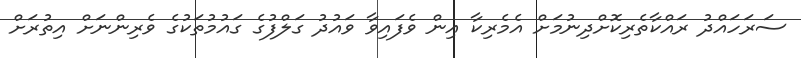
ސަރަހައްދު ރައްކާތެރިކޮށްދިނުމަށް އެމެރިކާ އިން ވެފައިވާ ވައުދު ގަލްފުގެ ގައުމުތަކުގެ ވެރިންނަށް އިތުރަށް